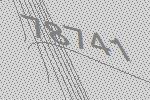
78741